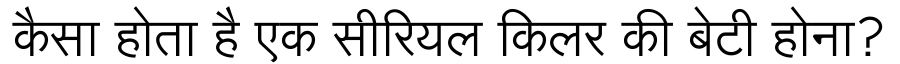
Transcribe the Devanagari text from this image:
कैसा होता है एक सीरियल किलर की बेटी होना?